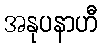
အနုပနာဟီ